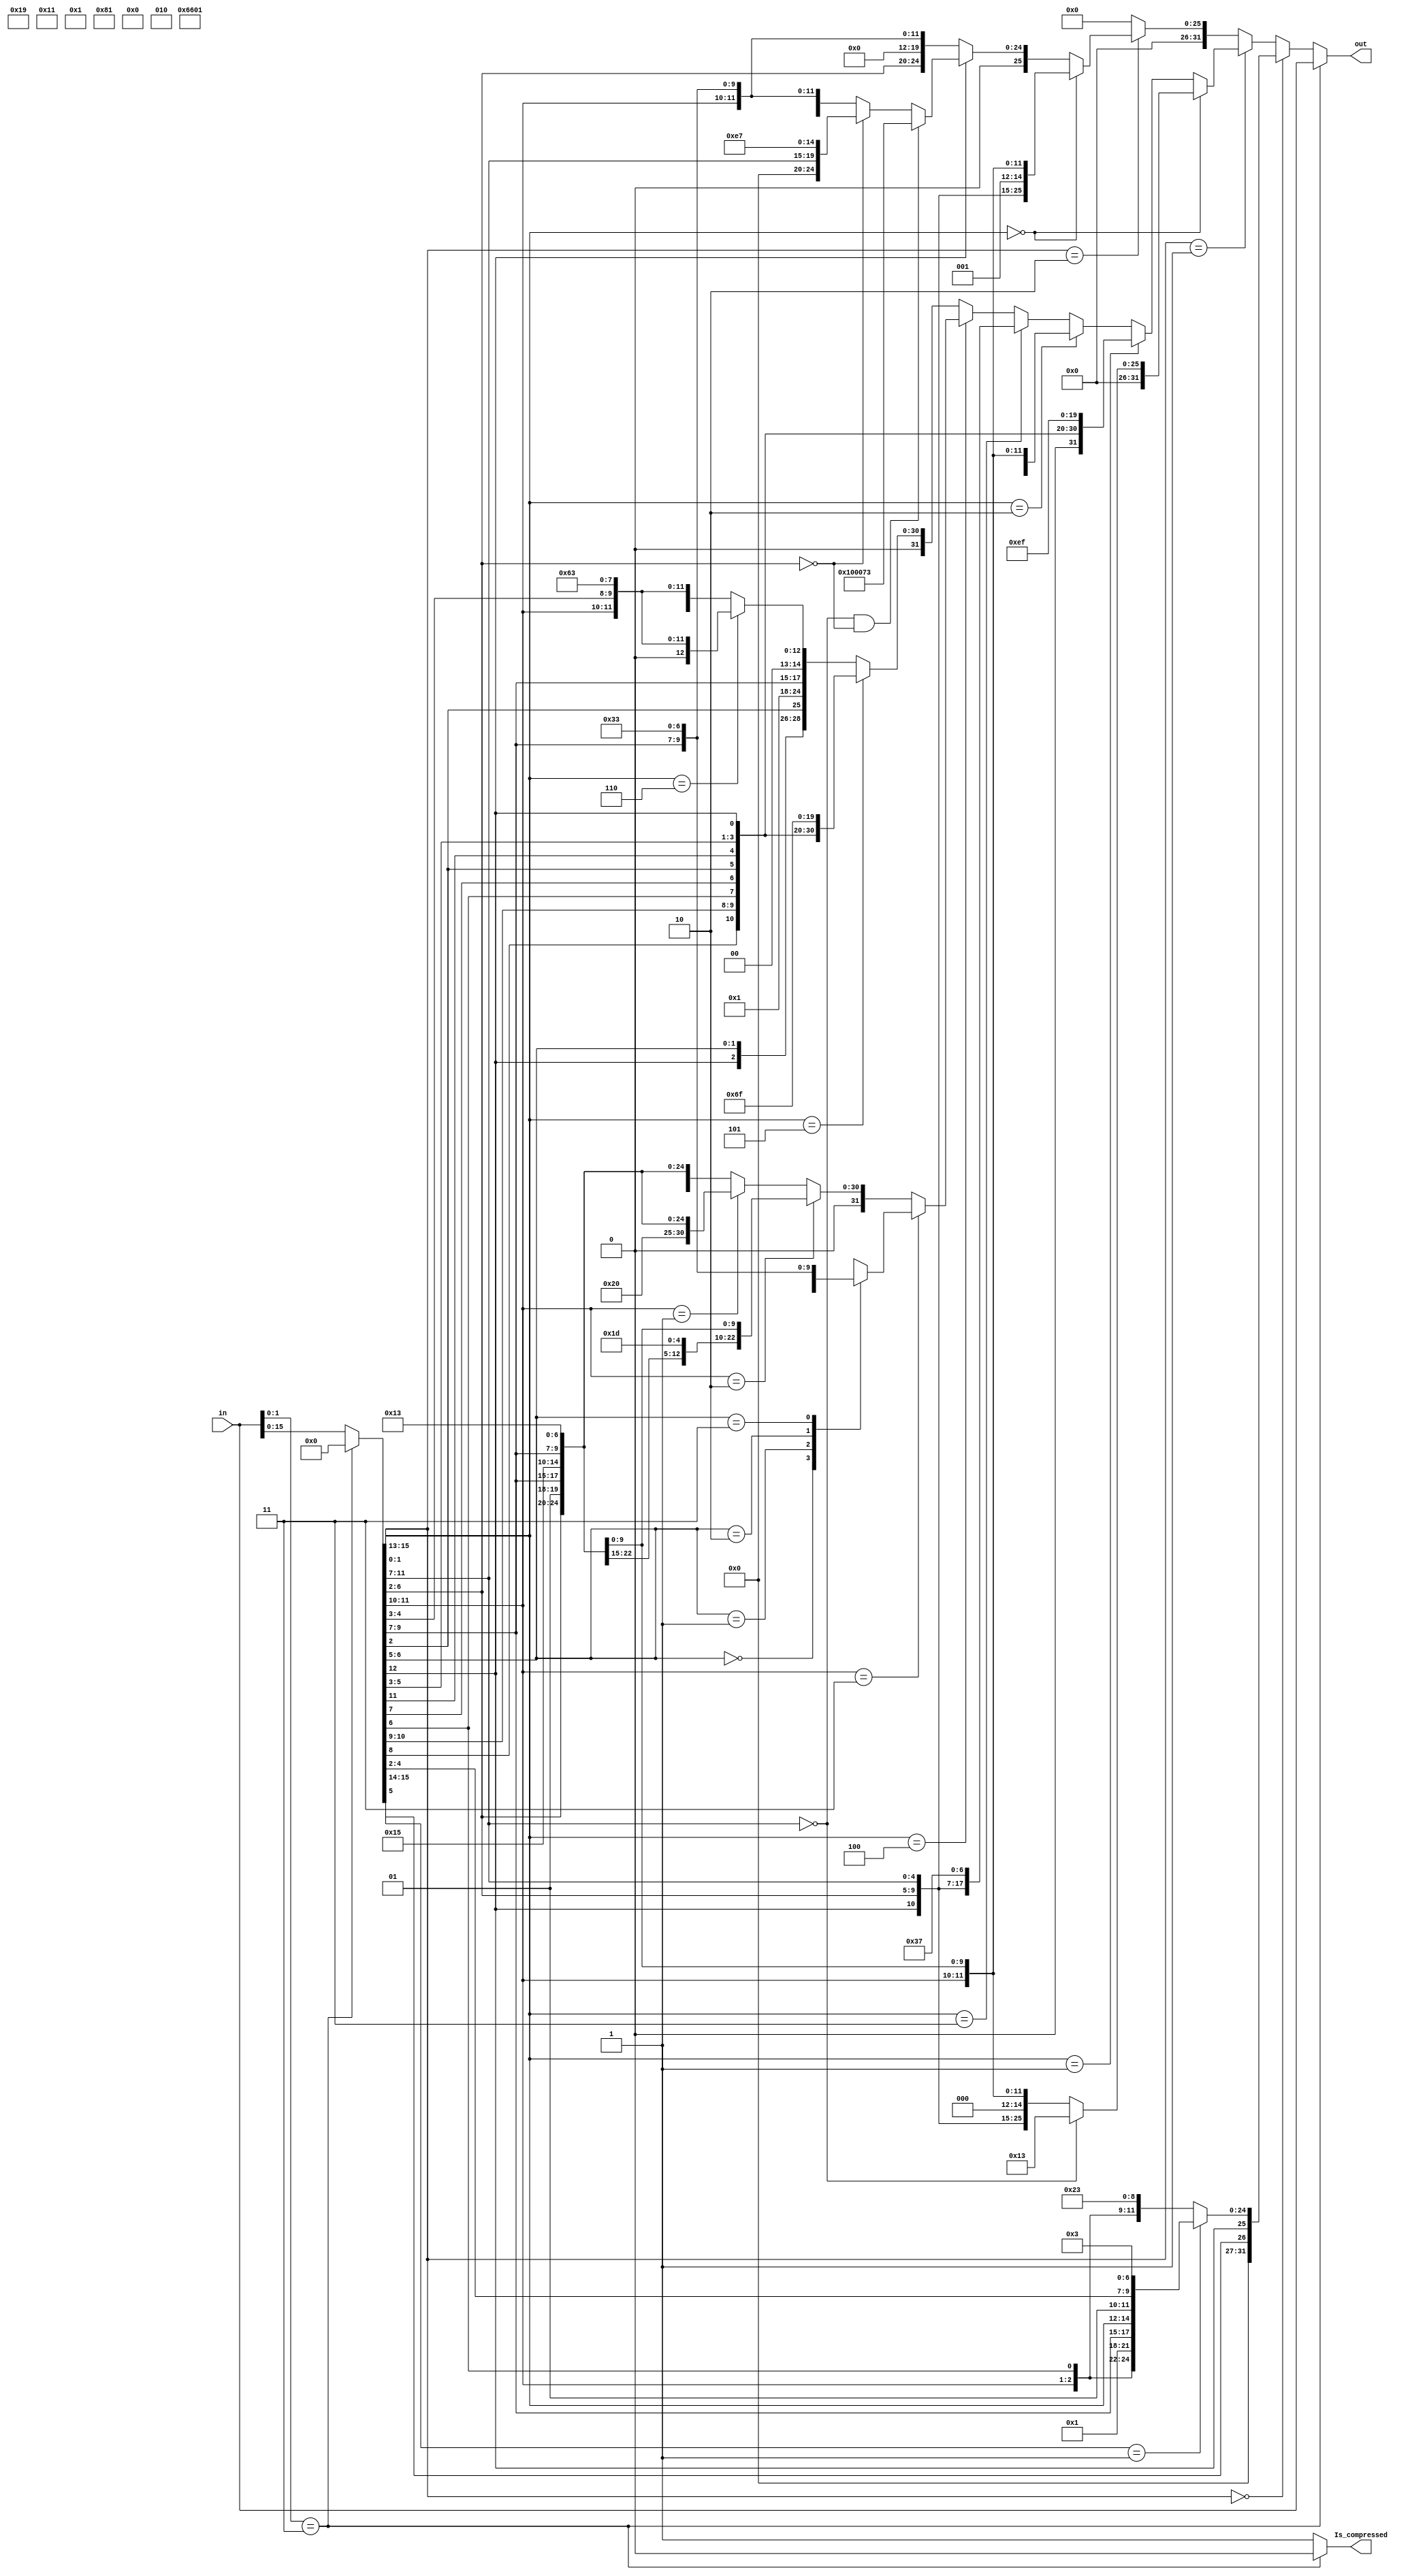
`timescale 1ns / 1ps

/*******************************************************************
*
* Module: Datapath.v
* Project: Pipelined-RISCV
* Author1: Yahya Abbas.
* Author2: Ali Ghazal.
* Author3: Omer Hassan.
* Description: Pipelined RISCV processor with support for RV32IC instructions that map to true 32I instructions
*              and support for the full RV32IM instruction set.
* Change history:
**********************************************************************/

module RV32IC(
    input [31:0] in, 
    output [31:0] out, 
    output reg Is_compressed);

reg [15:0] compressed_inst;
reg [31:0] decompressed_inst;

always @(in) begin
    if(in[1:0] == 2'b11) begin
        Is_compressed = 0;
        compressed_inst = {16{1'b0}};
    end 
    else begin
        compressed_inst = in[15:0];
        Is_compressed = 1;
    end
end

always @(compressed_inst) begin
    if(compressed_inst[1:0] == 2'b00) begin
        case(compressed_inst[15:14])
            2'b01:  begin   //C.LW
                decompressed_inst = {{5{1'b0}}, compressed_inst[5], compressed_inst[12:10], compressed_inst[6], 2'b00,  2'b01, compressed_inst[9:7], compressed_inst[15:13], 2'b01, compressed_inst[4:2], 7'b0000011};
            end
            2'b11:  begin   //C.SW
                decompressed_inst = {{5{1'b0}}, compressed_inst[5], compressed_inst[12], 2'b01, compressed_inst[4:2], 2'b01, compressed_inst[9:7], 3'b010, compressed_inst[11:10], compressed_inst[6], 2'b00, 7'b0100011};
            end
            default: begin  //C.SW
                decompressed_inst = {{5{1'b0}}, compressed_inst[5], compressed_inst[12], 2'b01, compressed_inst[4:2], 2'b01, compressed_inst[9:7], 3'b010, compressed_inst[11:10], compressed_inst[6], 2'b00, 7'b0100011};
            end
        endcase
    end
    
    else if(compressed_inst[1:0] == 2'b01) begin
        if(compressed_inst[15:13] == 3'b000) begin
            if(compressed_inst[11:7] == {5{1'b0}}) begin
                decompressed_inst = {{25{1'b0}}, 7'b0010011}; //C.NOP
            end
            else begin  //C.ADDI
                decompressed_inst = {{6{1'b0}}, compressed_inst[12], compressed_inst[6:2], compressed_inst[11:7], 3'b000, compressed_inst[11:7], 7'b0010011};
            end
        end
        else if(compressed_inst[15:13] == 3'b001) begin //C.JAL
            decompressed_inst = {1'b0, compressed_inst[8], compressed_inst[10:9], compressed_inst[6], compressed_inst[7], compressed_inst[2], compressed_inst[11], compressed_inst[5:3], compressed_inst[12], {8{1'b0}}, 5'b00001, 7'b1101111};
        end        
        else if (compressed_inst[15:13] == 3'b010) begin    //C.LI
            decompressed_inst = {{6{1'b0}}, compressed_inst[12], compressed_inst[6:2], 5'b00000, 3'b000, compressed_inst[11:7], 7'b0010011};
        end
        else if(compressed_inst[15:13] == 3'b011) begin //C.LUI,    rd(compressed_inst[11:7] shouldn't equal 0 or 2 as it is reserved
            decompressed_inst = {{14{1'b0}}, compressed_inst[12], compressed_inst[6:2], compressed_inst[11:7], 7'b0110111};
        end
        else if(compressed_inst[15:13] == 3'b100) begin
            if(compressed_inst[11:10] == 2'b11) begin
                case(compressed_inst[6:5])
                    2'b00:  begin   //C.SUB
                        decompressed_inst = {7'b0100000, 2'b01, compressed_inst[4:2], 2'b01, compressed_inst[9:7], 3'b000, 2'b01, compressed_inst[9:7], 7'b0110011};
                    end
                    2'b01:  begin   //C.XOR
                        decompressed_inst = {7'b0000000, 2'b01, compressed_inst[4:2], 2'b01, compressed_inst[9:7], 3'b100, 2'b01, compressed_inst[9:7], 7'b0110011};
                    end
                    2'b10:  begin   //C.OR
                        decompressed_inst = {7'b0000000, 2'b01, compressed_inst[4:2], 2'b01, compressed_inst[9:7], 3'b110, 2'b01, compressed_inst[9:7], 7'b0110011};
                    end
                    2'b11:  begin   //C.AND
                        decompressed_inst = {7'b0000000, 2'b01, compressed_inst[4:2], 2'b01, compressed_inst[9:7], 3'b111, 2'b01, compressed_inst[9:7], 7'b0110011};
                    end
                    default: begin  //C.AND
                        decompressed_inst = {7'b0000000, 2'b01, compressed_inst[4:2], 2'b01, compressed_inst[9:7], 3'b111, 2'b01, compressed_inst[9:7], 7'b0110011};
                    end                
                endcase 
            end
            else if(compressed_inst[11:10] == 2'b10) begin  //C.ANDI
                decompressed_inst = {{6{1'b0}}, compressed_inst[12], compressed_inst[6:2], 2'b01, compressed_inst[9:7], 3'b111, 2'b01, compressed_inst[9:7], 7'b0010011};
            end
            else if(compressed_inst[11:10] == 2'b01) begin  //C.SRAI
                decompressed_inst = {7'b0100000, compressed_inst[6:2], 2'b01, compressed_inst[9:7], 3'b101, 2'b01, compressed_inst[9:7], 7'b0010011};
            end
            else begin  //C.SRLI
                decompressed_inst = {7'b0000000, compressed_inst[12], compressed_inst[6:2], 2'b01, compressed_inst[9:7], 3'b101, 2'b01, compressed_inst[9:7], 7'b0010011};
            end
        end
        else if(compressed_inst[15:13] == 3'b101) begin //C.J
            decompressed_inst = {1'b0, compressed_inst[8], compressed_inst[10:9], compressed_inst[6], compressed_inst[7], compressed_inst[2], compressed_inst[11], compressed_inst[5:3], compressed_inst[12], {8{1'b0}}, 5'b00000, 7'b1101111};
        end    
        else if(compressed_inst[15:13] == 3'b110) begin //C.BEQZ
            decompressed_inst = {3'b000, compressed_inst[12], compressed_inst[6:5], compressed_inst[2], 5'b00000, 2'b01, compressed_inst[9:7], 3'b000, compressed_inst[11:10], compressed_inst[4:3], 1'b0, 7'b1100011};
        end
        else begin //C.BNEZ
            decompressed_inst = {3'b000, compressed_inst[12], compressed_inst[6:5], compressed_inst[2], 5'b00000, 2'b01, compressed_inst[9:7], 3'b001, compressed_inst[11:10], compressed_inst[4:3], 1'b0, 7'b1100011};
        end        
    end
    
    else if(compressed_inst[1:0] == 2'b10) begin
        if(compressed_inst[15:13] == 3'b000) begin  //C.SLLI
            decompressed_inst = {7'b0000000, compressed_inst[12], compressed_inst[6:2], compressed_inst[11:7], 3'b001 ,compressed_inst[11:7], 7'b0010011};
        end
        else begin
            if(compressed_inst[12] == 1'b0) begin   //C.MV
                decompressed_inst = {7'b0000000, compressed_inst[6:2], 5'b00000, 3'b000, compressed_inst[11:7], 7'b0110011};
            end
            else begin
                if(compressed_inst[11:7] == {5{1'b0}} && compressed_inst[6:2] == {5{1'b0}}) begin
                    decompressed_inst = 32'b000000000001_00000_000_00000_1110011;   //C.EBREAK
                end
                else if(compressed_inst[6:2] == {5{1'b0}}) begin    //C.JALR
                    decompressed_inst = {{12{1'b0}}, compressed_inst[11:7], 3'b000, 5'b00001, 7'b1100111};
                end
                else begin  //C.ADD
                    decompressed_inst = {7'b0000000, compressed_inst[6:2], compressed_inst[11:7], 3'b000, compressed_inst[11:7], 7'b0110011};
                end
            end
        end
    end
    else begin
        decompressed_inst = {32{1'b0}};
    end
end

assign out = (in[1:0] == 2'b11) ? in : decompressed_inst;
endmodule